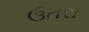
ઉતરા